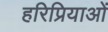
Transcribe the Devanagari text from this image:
हरिप्रियाओं